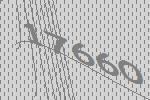
17660